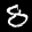
Label: 8